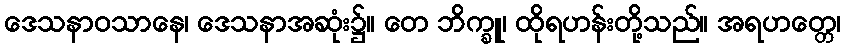
ဒေသနာဝသာနေ၊ ဒေသနာအဆုံး၌။ တေ ဘိက္ခူ၊ ထိုရဟန်းတို့သည်။ အရဟတ္တေ၊